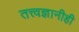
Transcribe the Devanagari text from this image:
तत्त्वज्ञानीही